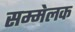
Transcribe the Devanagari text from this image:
सम्मेलक